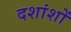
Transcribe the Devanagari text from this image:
दशांशों